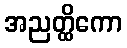
အညတ္ထိကော